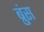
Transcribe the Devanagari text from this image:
ब्रुंस